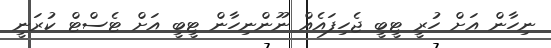
ނިހާން އަށް ހުރީ ޓީބީ ޖެހިފައެއް ނޫންނިހާން ޓީބީ އަށް ޓެސްޓް ކުރަނީ